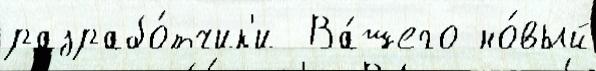
разрабо́тчик'и  Ва́шего но́вый